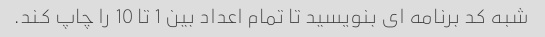
شبه کد برنامه ای بنویسید تا تمام اعداد بین 1 تا 10 را چاپ کند.